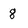
Character: 8